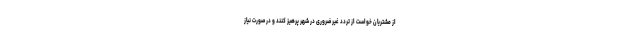
از مشتریان خواست از تردد غیر ضروری در شهر پرهیز کنند و در صورت نیاز